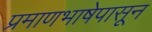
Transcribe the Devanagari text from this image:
प्रमाणभाषेपासून